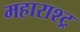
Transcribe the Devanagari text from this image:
महाराश्ट्र